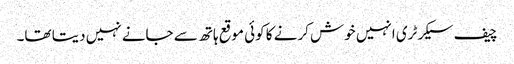
چیف سیکرٹری انہیں خوش کرنے کا کوئی موقع ہاتھ سے جانے نہیں دیتا تھا۔